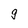
Character: g